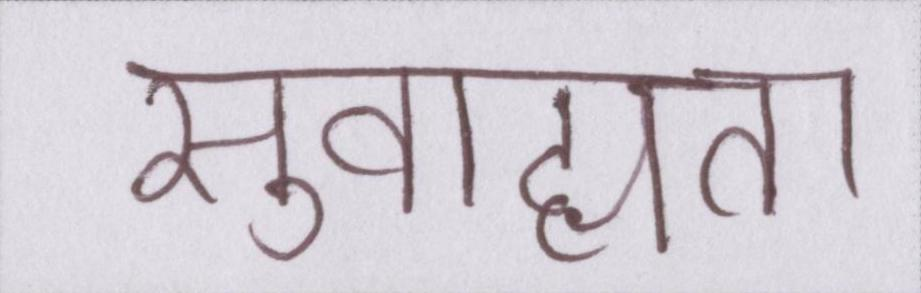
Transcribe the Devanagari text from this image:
सुवाह्यता